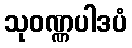
သုဝဏ္ဏပါဒပံ